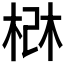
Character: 𰗰